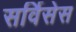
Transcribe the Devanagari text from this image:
सर्विसेस